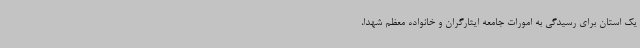
یک استان برای رسیدگی به امورات جامعه ایثارگران و خانواده معظم شهدا،